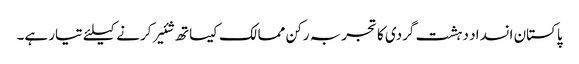
پاکستان انسداد دہشت گردی کا تجربہ رکن ممالک کیساتھ شئیر کرنے کیلئے تیار ہے۔